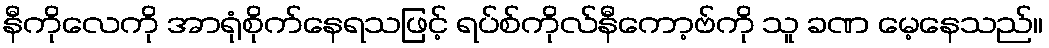
နီကိုလေကို အာရုံစိုက်နေရသဖြင့် ရပ်စ်ကိုလ်နီကော့ဗ်ကို သူ ခဏ မေ့နေသည်။